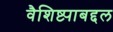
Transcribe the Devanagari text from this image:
वैशिष्ट्याबद्दल